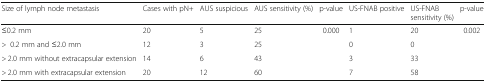
<table><thead><tr><td><b>Size of lymph node metastasis</b></td><td><b>Cases with pN+</b></td><td><b>AUS suspicious</b></td><td><b>AUS sensitivity (%)</b></td><td><b>p-value</b></td><td><b>US-FNAB positive</b></td><td><b>US-FNABsensitivity (%)</b></td><td><b>p-value</b></td></tr></thead><tbody><tr><td>≤0.2 mm</td><td>20</td><td>5</td><td>25</td><td rowspan="4">0.000</td><td>1</td><td>20</td><td rowspan="4">0.002</td></tr><tr><td>&gt;0.2 mm and ≤2.0 mm</td><td>12</td><td>3</td><td>25</td><td>0</td><td>0</td></tr><tr><td>&gt; 2.0 mm without extracapsular extension</td><td>14</td><td>6</td><td>43</td><td>3</td><td>33</td></tr><tr><td>&gt; 2.0 mm with extracapsular extension</td><td>20</td><td>12</td><td>60</td><td>7</td><td>58</td></tr></tbody></table>